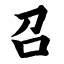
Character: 召